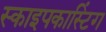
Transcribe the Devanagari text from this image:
स्काइपकास्टिंग